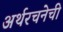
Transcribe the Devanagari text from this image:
अर्थरचनेची